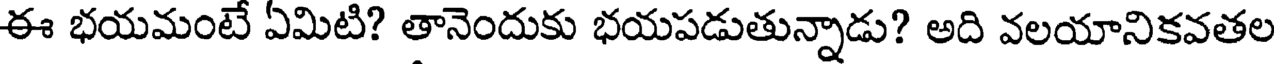
ఈ భయమంటే ఏమిటి? తానెందుకు భయపడుతున్నాడు? అది వలయానికవతల